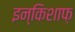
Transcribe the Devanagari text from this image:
इन्किशाफ़